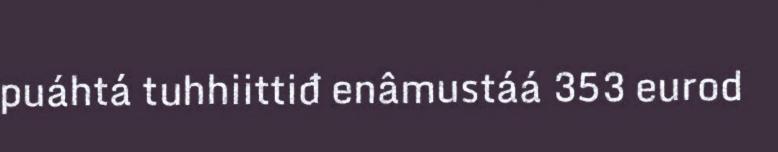
puáhtá tuhhiittiđ enâmustáá 353 eurod